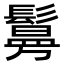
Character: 𫙃